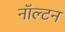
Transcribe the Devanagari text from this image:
नॉल्टन